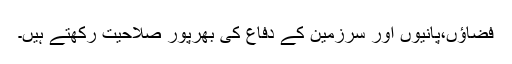
فضاؤں،پانیوں اور سرزمین کے دفاع کی بھرپور صلاحیت رکھتے ہیں۔